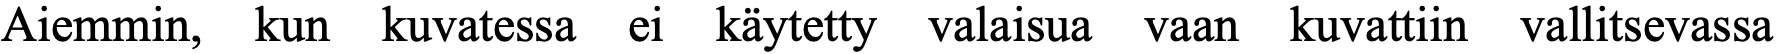
Aiemmin, kun kuvatessa ei käytetty valaisua vaan kuvattiin vallitsevassa